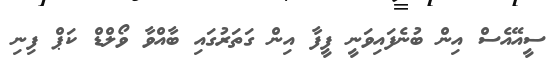
ސީއޭއެސް އިން ބުނެފައިވަނީ ފީފާ އިން ގަތަރުގައި ބާއްވާ ވޯލްޑް ކަޕް ފިނި